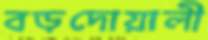
বড়দোয়ালী